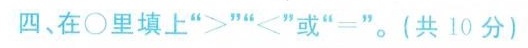
四、在\circ里填上“>”“<”或“=”。（共10分）